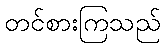
တင်စားကြသည်